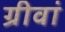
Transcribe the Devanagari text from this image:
ग्रीवां